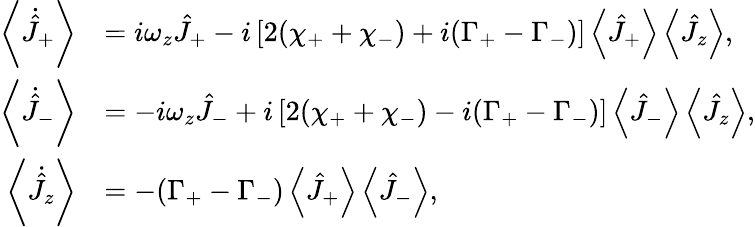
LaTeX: \begin{array}{rl}{\left\langle\dot{\hat{J}}_{+}\right\rangle}&{=i\omega_{z}\hat{J}_{+}-i\left[2(\chi_{+}+\chi_{-})+i(\Gamma_{+}-\Gamma_{-})\right]\left\langle\hat{J}_{+}\right\rangle\left\langle\hat{J}_{z}\right\rangle,}\\ {\left\langle\dot{\hat{J}}_{-}\right\rangle}&{=-i\omega_{z}\hat{J}_{-}+i\left[2(\chi_{+}+\chi_{-})-i(\Gamma_{+}-\Gamma_{-})\right]\left\langle\hat{J}_{-}\right\rangle\left\langle\hat{J}_{z}\right\rangle,}\\ {\left\langle\dot{\hat{J}}_{z}\right\rangle}&{=-(\Gamma_{+}-\Gamma_{-})\left\langle\hat{J}_{+}\right\rangle\left\langle\hat{J}_{-}\right\rangle,}\end{array}